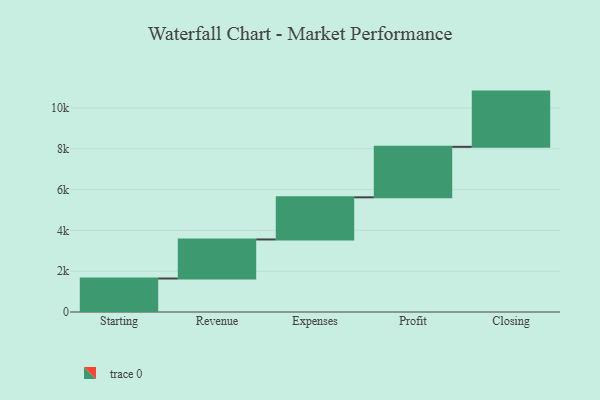
{"axis": {"x": "Step", "y": "Value"}, "legend": [""], "data": [{"x": "Starting", "y": 1641.0, "type": ""}, {"x": "Revenue", "y": 1914.0, "type": ""}, {"x": "Expenses", "y": 2065.0, "type": ""}, {"x": "Profit", "y": 2475.0, "type": ""}, {"x": "Closing", "y": 2706.0, "type": ""}]}